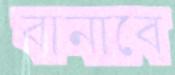
বানাবে